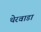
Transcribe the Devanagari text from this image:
थेरवाडा